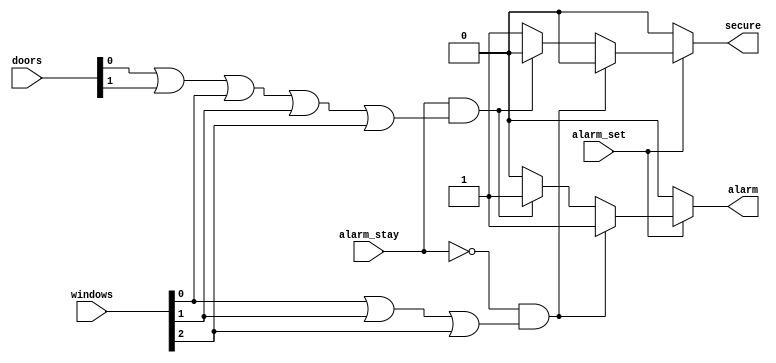
module lab_005_alarm (
  input alarm_set, alarm_stay,
  input [1:0] doors,
  input [2:0] windows,
  output reg secure, alarm
);

  always @* begin
    if( !alarm_set ) begin
	alarm = 0;
	secure = 0;
    end
    else begin
	if( !alarm_stay & ( windows[0] | windows[1] | windows[2] ) ) begin
	  alarm = 1;
	  secure = 0;
        end
	else begin
	  if( alarm_stay & ( doors[0] | doors[1] | windows[0] | windows[1] | windows[2] ) ) begin
	    alarm = 1;
	    secure = 0;
          end
	  else begin
	    alarm = 0;
	    secure = 1;
          end
        end
    end
  end

endmodule